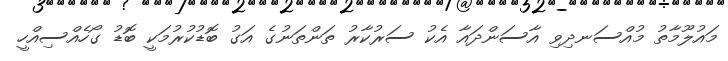
މައުލޫމާތު މުއްސަނދިވި އާސަންދައާ އެކު ސަރުކާރު ތަންތަނުގެ އަގު ބޮޑުކުރުމަކީ ބޮޑު ގޯހެއްސިއްހީ